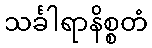
သင်္ခါရာနိစ္စတံ